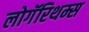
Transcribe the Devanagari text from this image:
लोगॅरिथम्स